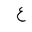
Letter: _ayn